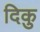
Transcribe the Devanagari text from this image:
दिकु